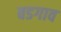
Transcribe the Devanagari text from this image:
बडगाव